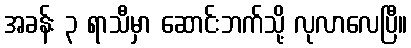
အခန်း ၃ ရာသီမှာ ဆောင်းဘက်သို့ လုလာလေပြီ။